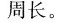
周长。